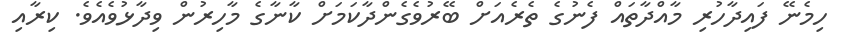
ހިމެނޭ ފައިދާހުރި މާއްދާތައް ފެނުގެ ތެރެއަށް ބޭރުވެގެންދާކަމަށް ކާނާގެ މާހިރުން ވިދާޅުވެއެވެ. ކިރާއި